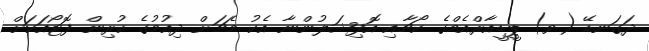
ދަގަނޑޭ (ވ) ޕީޑީއާރްއެމްގެ ކޯޗާއި އޮފިޝަލުންނާ އެކު މެޗަށް ދިއުމުގެ ކުރިން ފޮޓޯއަކަށް